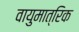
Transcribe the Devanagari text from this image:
वायुमात्रिक